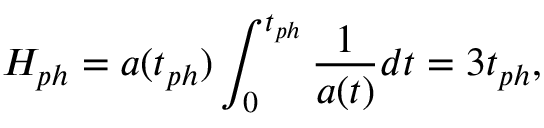
H _ { p h } = a ( t _ { p h } ) \int _ { 0 } ^ { t _ { p h } } \frac { 1 } { a ( t ) } d t = 3 t _ { p h } ,